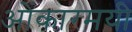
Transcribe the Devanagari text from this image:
ओंकारमयी